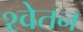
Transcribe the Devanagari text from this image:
श्वेतन